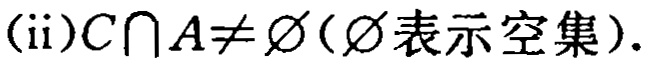
(ii)$C\cap A\neq \varnothing$（$\varnothing$表示空集）.